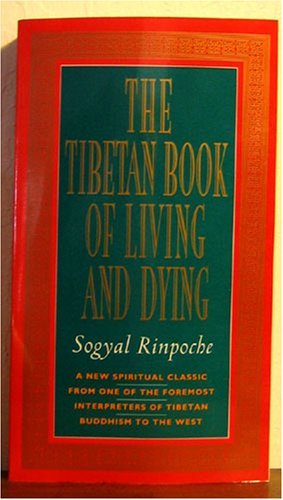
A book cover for The Tibetan Book Of Living & Dying; Sogyal. Rinpoche; Religion & Spirituality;